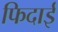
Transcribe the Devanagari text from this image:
फिदाई